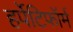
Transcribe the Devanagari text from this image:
हर्पेटिफॉर्म